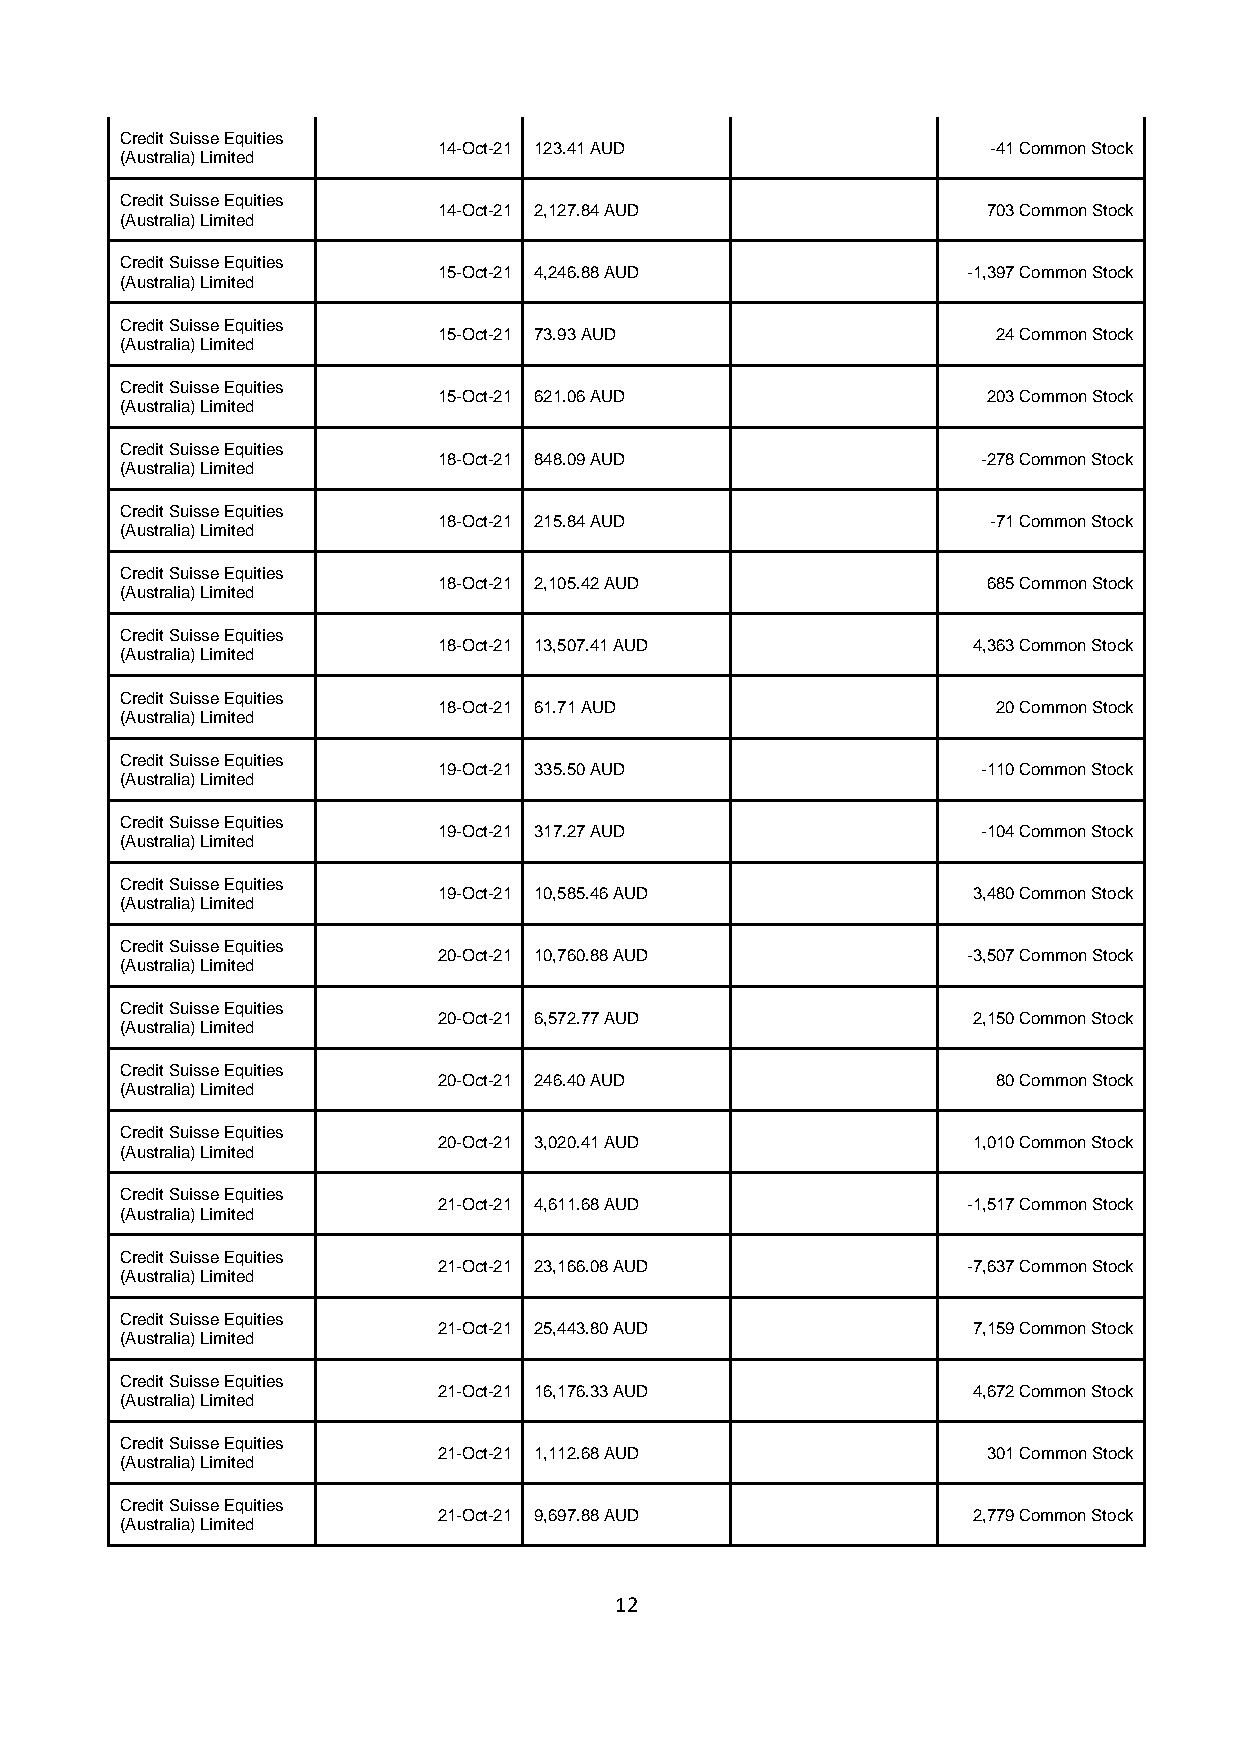
Credit Suisse Equities
 14-Oct-21 123.41 AUD                 -41 Common Stock
 (Australia) Limited
 Credit Suisse Equities
 14-Oct-21 2,127.84 AUD              703 Common Stock
 (Australia) Limited
 Credit Suisse Equities
 15-Oct-21 4,246.88 AUD             -1,397 Common Stock
 (Australia) Limited
 Credit Suisse Equities
 15-Oct-21 73.93 AUD                  24 Common Stock
 (Australia) Limited
 Credit Suisse Equities
 15-Oct-21 621.06 AUD                203 Common Stock
 (Australia) Limited
 Credit Suisse Equities
 18-Oct-21 848.09 AUD                -278 Common Stock
 (Australia) Limited
 Credit Suisse Equities
 18-Oct-21 215.84 AUD                 -71 Common Stock
 (Australia) Limited
 Credit Suisse Equities
 18-Oct-21 2,105.42 AUD              685 Common Stock
 (Australia) Limited
 Credit Suisse Equities
 18-Oct-21 13,507.41 AUD            4,363 Common Stock
 (Australia) Limited
 Credit Suisse Equities
 18-Oct-21 61.71 AUD                  20 Common Stock
 (Australia) Limited
 Credit Suisse Equities
 19-Oct-21 335.50 AUD                -110 Common Stock
 (Australia) Limited
 Credit Suisse Equities
 19-Oct-21 317.27 AUD                -104 Common Stock
 (Australia) Limited
 Credit Suisse Equities
 19-Oct-21 10,585.46 AUD            3,480 Common Stock
 (Australia) Limited
 Credit Suisse Equities
 20-Oct-21 10,760.88 AUD            -3,507 Common Stock
 (Australia) Limited
 Credit Suisse Equities
 20-Oct-21 6,572.77 AUD             2,150 Common Stock
 (Australia) Limited
 Credit Suisse Equities
 20-Oct-21 246.40 AUD                 80 Common Stock
 (Australia) Limited
 Credit Suisse Equities
 20-Oct-21 3,020.41 AUD             1,010 Common Stock
 (Australia) Limited
 Credit Suisse Equities
 21-Oct-21 4,611.68 AUD             -1,517 Common Stock
 (Australia) Limited
 Credit Suisse Equities
 21-Oct-21 23,166.08 AUD            -7,637 Common Stock
 (Australia) Limited
 Credit Suisse Equities
 21-Oct-21 25,443.80 AUD            7,159 Common Stock
 (Australia) Limited
 Credit Suisse Equities
 21-Oct-21 16,176.33 AUD            4,672 Common Stock
 (Australia) Limited
 Credit Suisse Equities
 21-Oct-21 1,112.68 AUD              301 Common Stock
 (Australia) Limited
 Credit Suisse Equities
 21-Oct-21 9,697.88 AUD             2,779 Common Stock
 (Australia) Limited
 12